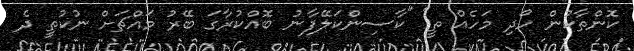
ކޮންތާކުން ހޯދި މަހެއް ތީ" "ކާސިންކަލޭފާނު ބޮއްކުރާގަ ބޭރު މައްޗަށް ނުކުތީ ދެ